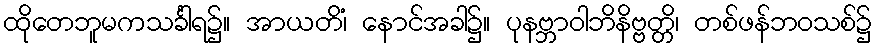
ထိုတေဘူမကသင်္ခါရ၌။ အာယတိံ၊ နောင်အခါ၌။ ပုနဗ္ဘာဝါဘိနိဗ္ဗတ္တိ၊ တစ်ဖန်ဘဝသစ်၌